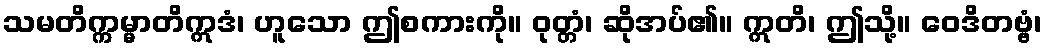
သမတိက္ကမ္မာတိဣဒံ၊ ဟူသော ဤစကားကို။ ဝုတ္တံ၊ ဆိုအပ်၏။ ဣတိ၊ ဤသို့။ ဝေဒိတဗ္ဗံ၊